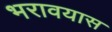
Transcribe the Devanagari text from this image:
भरावयास